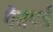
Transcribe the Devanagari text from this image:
गैसपर्ड